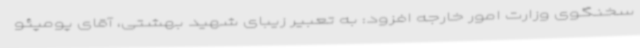
سخنگوی وزارت امور خارجه افزود: به تعبیر زیبای شهید بهشتی، آقای پومپئو